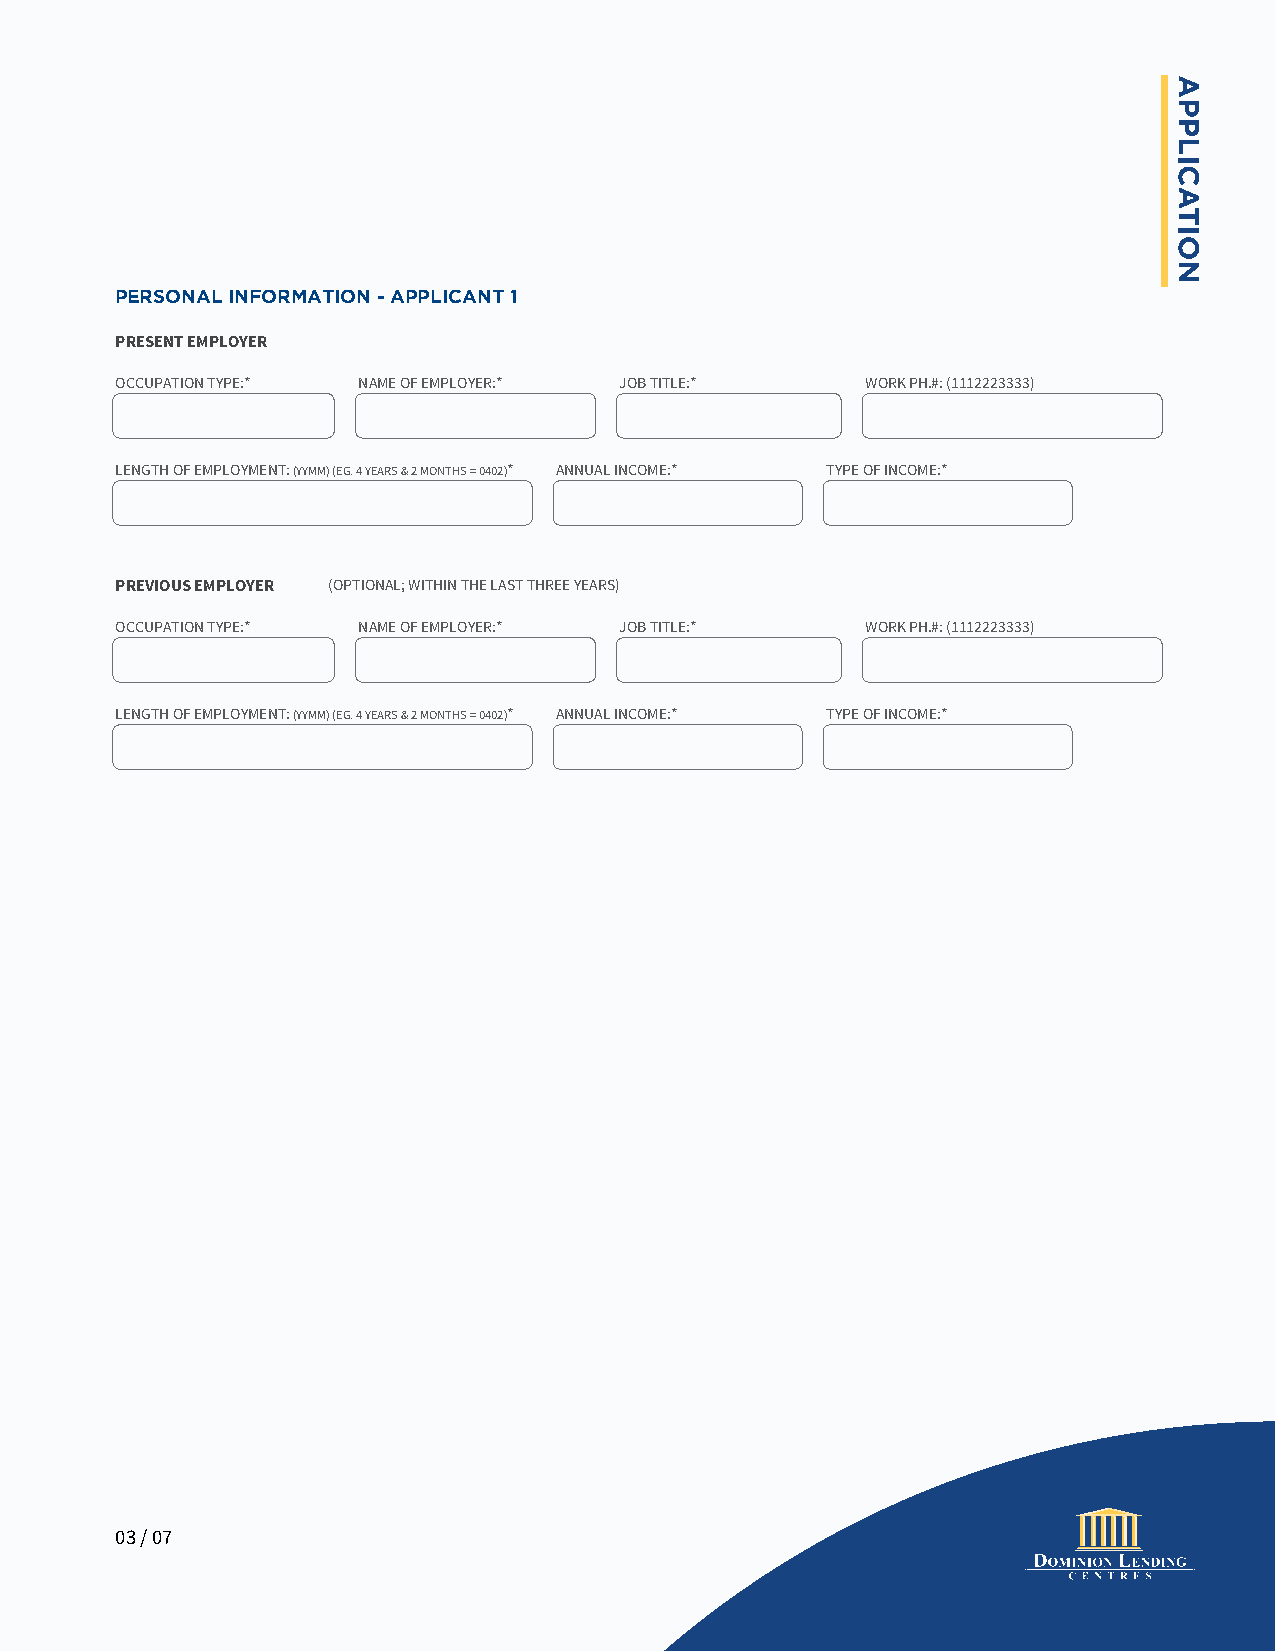
PERSONAL INFORMATION - APPLICANT 1
 PRESENT EMPLOYER
 OCCUPATION TYPE:* NAME OF EMPLOYER:* JOB TITLE:* WORK PH.#: (1112223333)
 LENGTH OF EMPLOYMENT: (YYMM) (EG. 4 YEARS & 2 MONTHS = 0402)* ANNUAL INCOME:* TYPE OF INCOME:*
 PREVIOUS EMPLOYER (OPTIONAL; WITHIN THE LAST THREE YEARS)
 OCCUPATION TYPE:* NAME OF EMPLOYER:* JOB TITLE:* WORK PH.#: (1112223333)
 LENGTH OF EMPLOYMENT: (YYMM) (EG. 4 YEARS & 2 MONTHS = 0402)* ANNUAL INCOME:* TYPE OF INCOME:*
 03 / 07